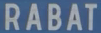
RABAT